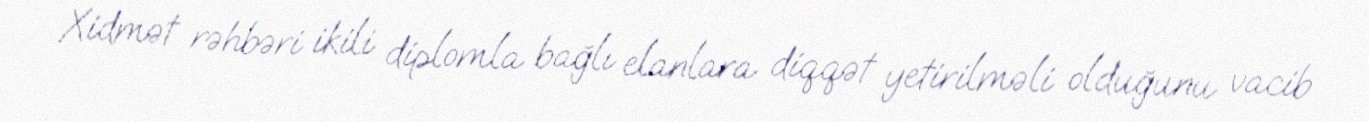
Xidmət rəhbəri ikili diplomla bağlı elanlara diqqət yetirilməli olduğunu vacib